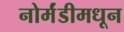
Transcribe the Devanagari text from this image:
नोर्मंडीमधून